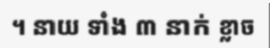
។ នាយ ទាំង ៣ នាក់ ខ្លាច